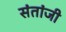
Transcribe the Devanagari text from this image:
संतांजी